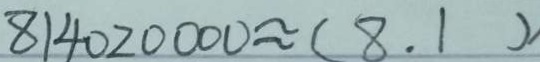
8 1 4 0 2 0 0 0 0 \approx ( 8 . 1 ) ,